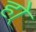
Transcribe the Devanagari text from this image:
हो्